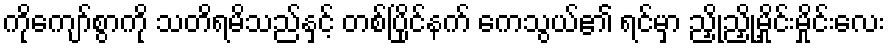
ကိုကျော်စွာကို သတိရမိသည်နှင့် တစ်ပြိုင်နက် ကေသွယ်၏ ရင်မှာ ညှို့ညှို့မှိုင်းမှိုင်းလေး